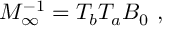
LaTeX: M _ { \infty } ^ { - 1 } = T _ { b } T _ { a } B _ { 0 } \ ,